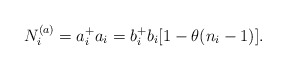
\begin{align*}N_{i}^{(a)}=a^{+}_{i}a_{i}=b_{i}^{+} b_{i} [1-\theta (n_{i}-1)].\end{align*}